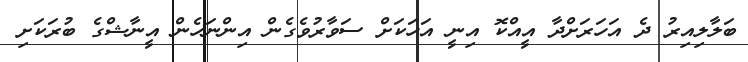
ބަލާލިއިރު ދެ އަހަރަށްދާ އީއްކޮ އިނީ އަހަކަށް ސަވާރުވެގެން އިންނަހެން އީނާޝްގެ ބުރަކަށި